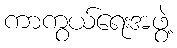
ကာကွယ်ရေးအဖွဲ့